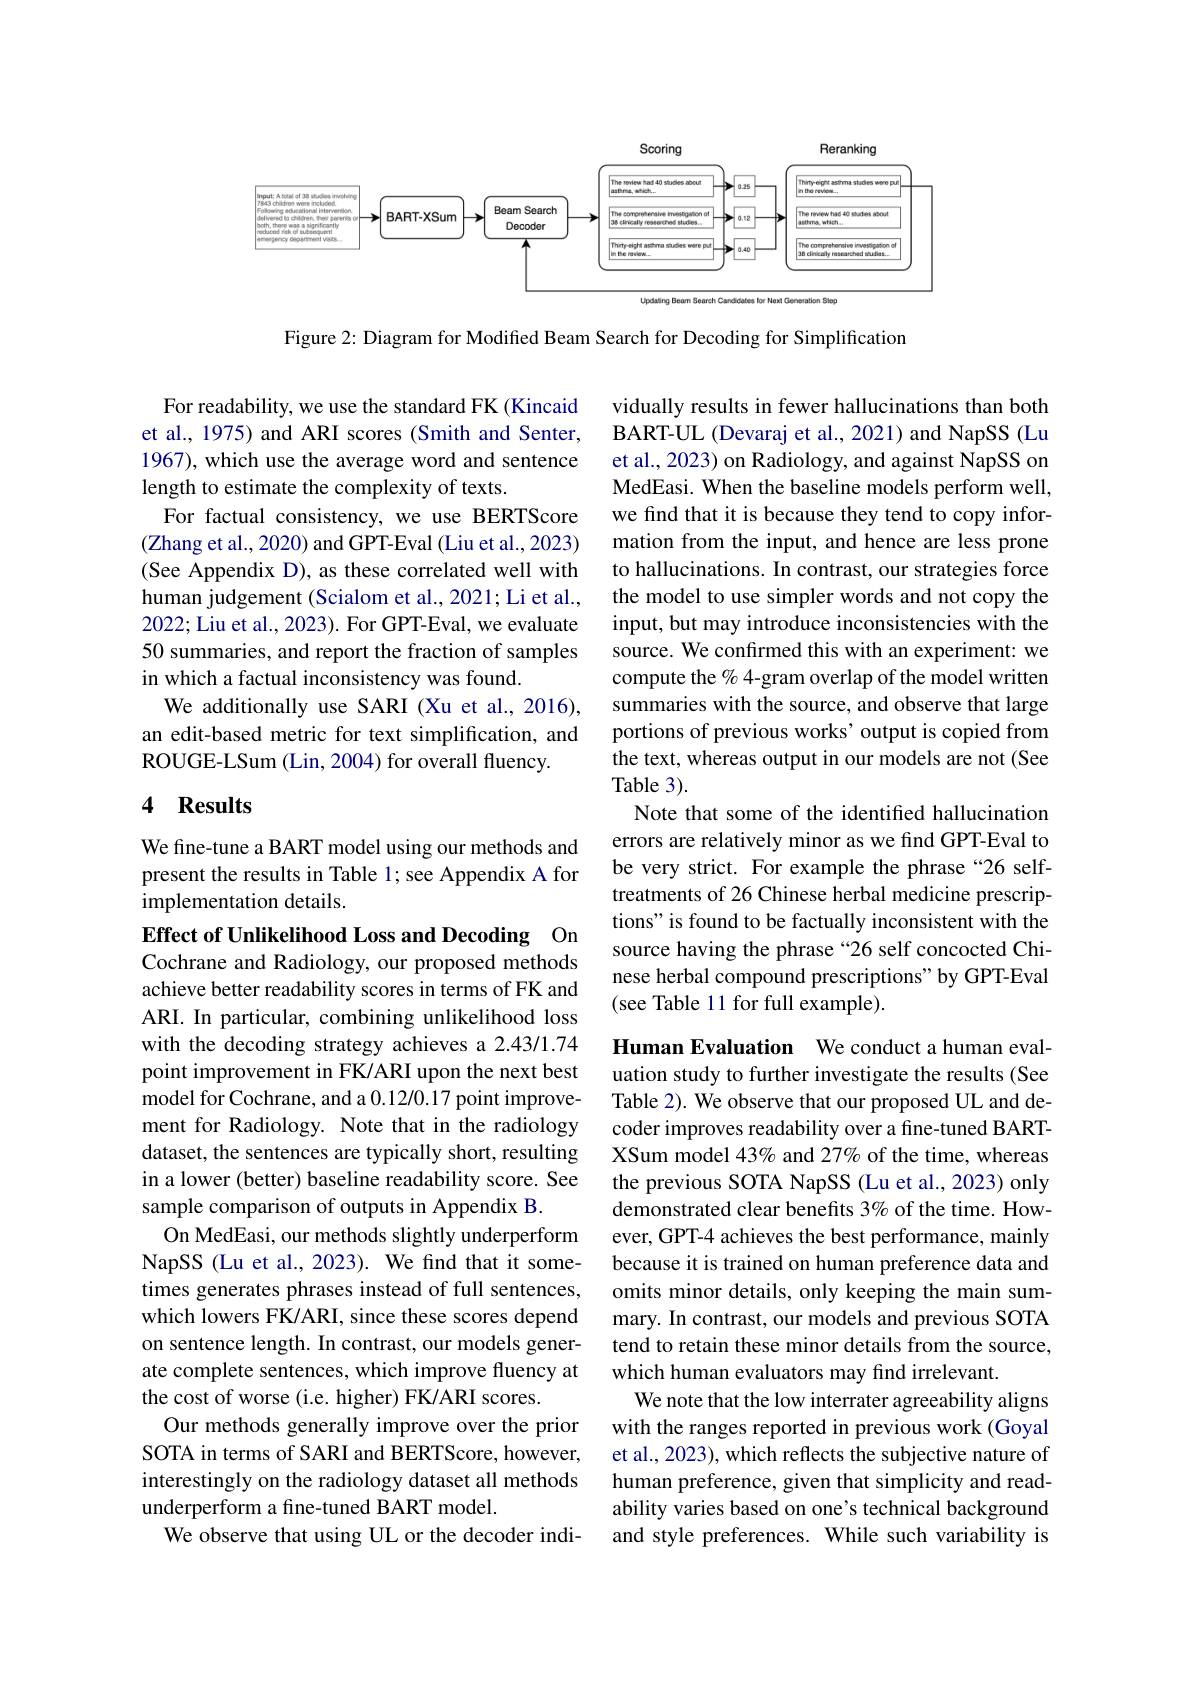
<FigureHere>

Figure 2: Diagram for Modified Beam Search for Decoding for Simplification

For readability, we use the standard FK (Kincaid et al., 1975) and ARI scores (Smith and Senter, 1967), which use the average word and sentence length to estimate the complexity of texts.
For factual consistency, we use BERTScore (Zhang et al., 2020) and GPT-Eval (Liu et al., 2023) (See Appendix D), as these correlated well with human judgement (Scialom et al., 2021; Li et al., 2022; Liu et al., 2023). For GPT-Eval, we evaluate 50 summaries, and report the fraction of samples in which a factual inconsistency was found.
We additionally use SARI (Xu et al., 2016), an edit-based metric for text simplification, and ROUGE-LSum (Lin, 2004) for overall fluency.

vidually results in fewer hallucinations than both BART-UL (Devaraj et al., 2021) and NapSS (Lu et al., 2023) on Radiology, and against NapSS on MedEasi. When the baseline models perform well, we find that it is because they tend to copy information from the input, and hence are less prone to hallucinations. In contrast, our strategies force the model to use simpler words and not copy the input, but may introduce inconsistencies with the source. We confirmed this with an experiment: we compute the % 4-gram overlap of the model written summaries with the source, and observe that large portions of previous works' output is copied from the text, whereas output in our models are not (See Table 3).
Note that some of the identified hallucination errors are relatively minor as we find GPT-Eval to be very strict. For example the phrase “26 selftreatments of 26 Chinese herbal medicine prescriptions" is found to be factually inconsistent with the source having the phrase “26 self concocted Chinese herbal compound prescriptions" by GPT-Eval (see Table 11 for full example).

### 4 Results

We fine-tune a BART model using our methods and present the results in Table 1; see Appendix A for implementation details.

Effect of Unlikelihood Loss and Decoding On Cochrane and Radiology, our proposed methods achieve better readability scores in terms of FK and ARI. In particular, combining unlikelihood loss with the decoding strategy achieves a 2.43/1.74 point improvement in FK/ARI upon the next best model for Cochrane, and a 0.12/0.17 point improvement for Radiology. Note that in the radiology dataset, the sentences are typically short, resulting in a lower (better) baseline readability score. See sample comparison of outputs in Appendix B.
On MedEasi, our methods slightly underperform NapSS (Lu et al., 2023). We find that it sometimes generates phrases instead of full sentences, which lowers FK/ARI, since these scores depend on sentence length. In contrast, our models generate complete sentences, which improve fluency at the cost of worse (i.e. higher) FK/ARI scores.
Our methods generally improve over the prior SOTA in terms of SARI and BERTScore, however, interestingly on the radiology dataset all methods underperform a fine-tuned BART model.
We observe that using UL or the decoder indi-

Human Evaluation We conduct a human evaluation study to further investigate the results (See Table 2). We observe that our proposed UL and decoder improves readability over a fine-tuned BARTXSum model 43% and 27% of the time, whereas the previous SOTA NapSS (Lu et al., 2023) only demonstrated clear benefits 3% of the time. However, GPT-4 achieves the best performance, mainly because it is trained on human preference data and omits minor details, only keeping the main summary. In contrast, our models and previous SOTA tend to retain these minor details from the source, which human evaluators may find irrelevant.
We note that the low interrater agreeability aligns with the ranges reported in previous work (Goyal et al., 2023), which reflects the subjective nature of human preference, given that simplicity and readability varies based on one's technical background and style preferences. While such variability is